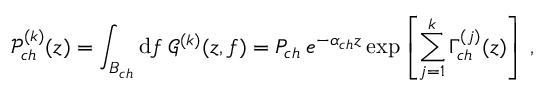
\mathcal { P } _ { c h } ^ { ( k ) } ( z ) = \int _ { B _ { c h } } \mathrm { d } f \: \mathcal { G } ^ { ( k ) } ( z , f ) = P _ { c h } \: e ^ { - \alpha _ { c h } z } \exp \left[ \sum _ { j = 1 } ^ { k } \Gamma _ { c h } ^ { ( j ) } ( z ) \right] \: ,